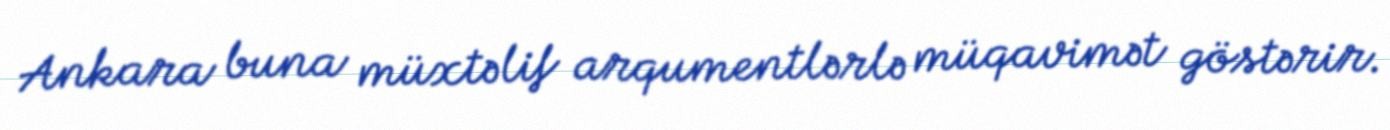
Ankara buna müxtəlif arqumentlərlə müqavimət göstərir.